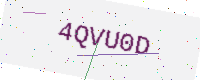
Text: 4QVU0D